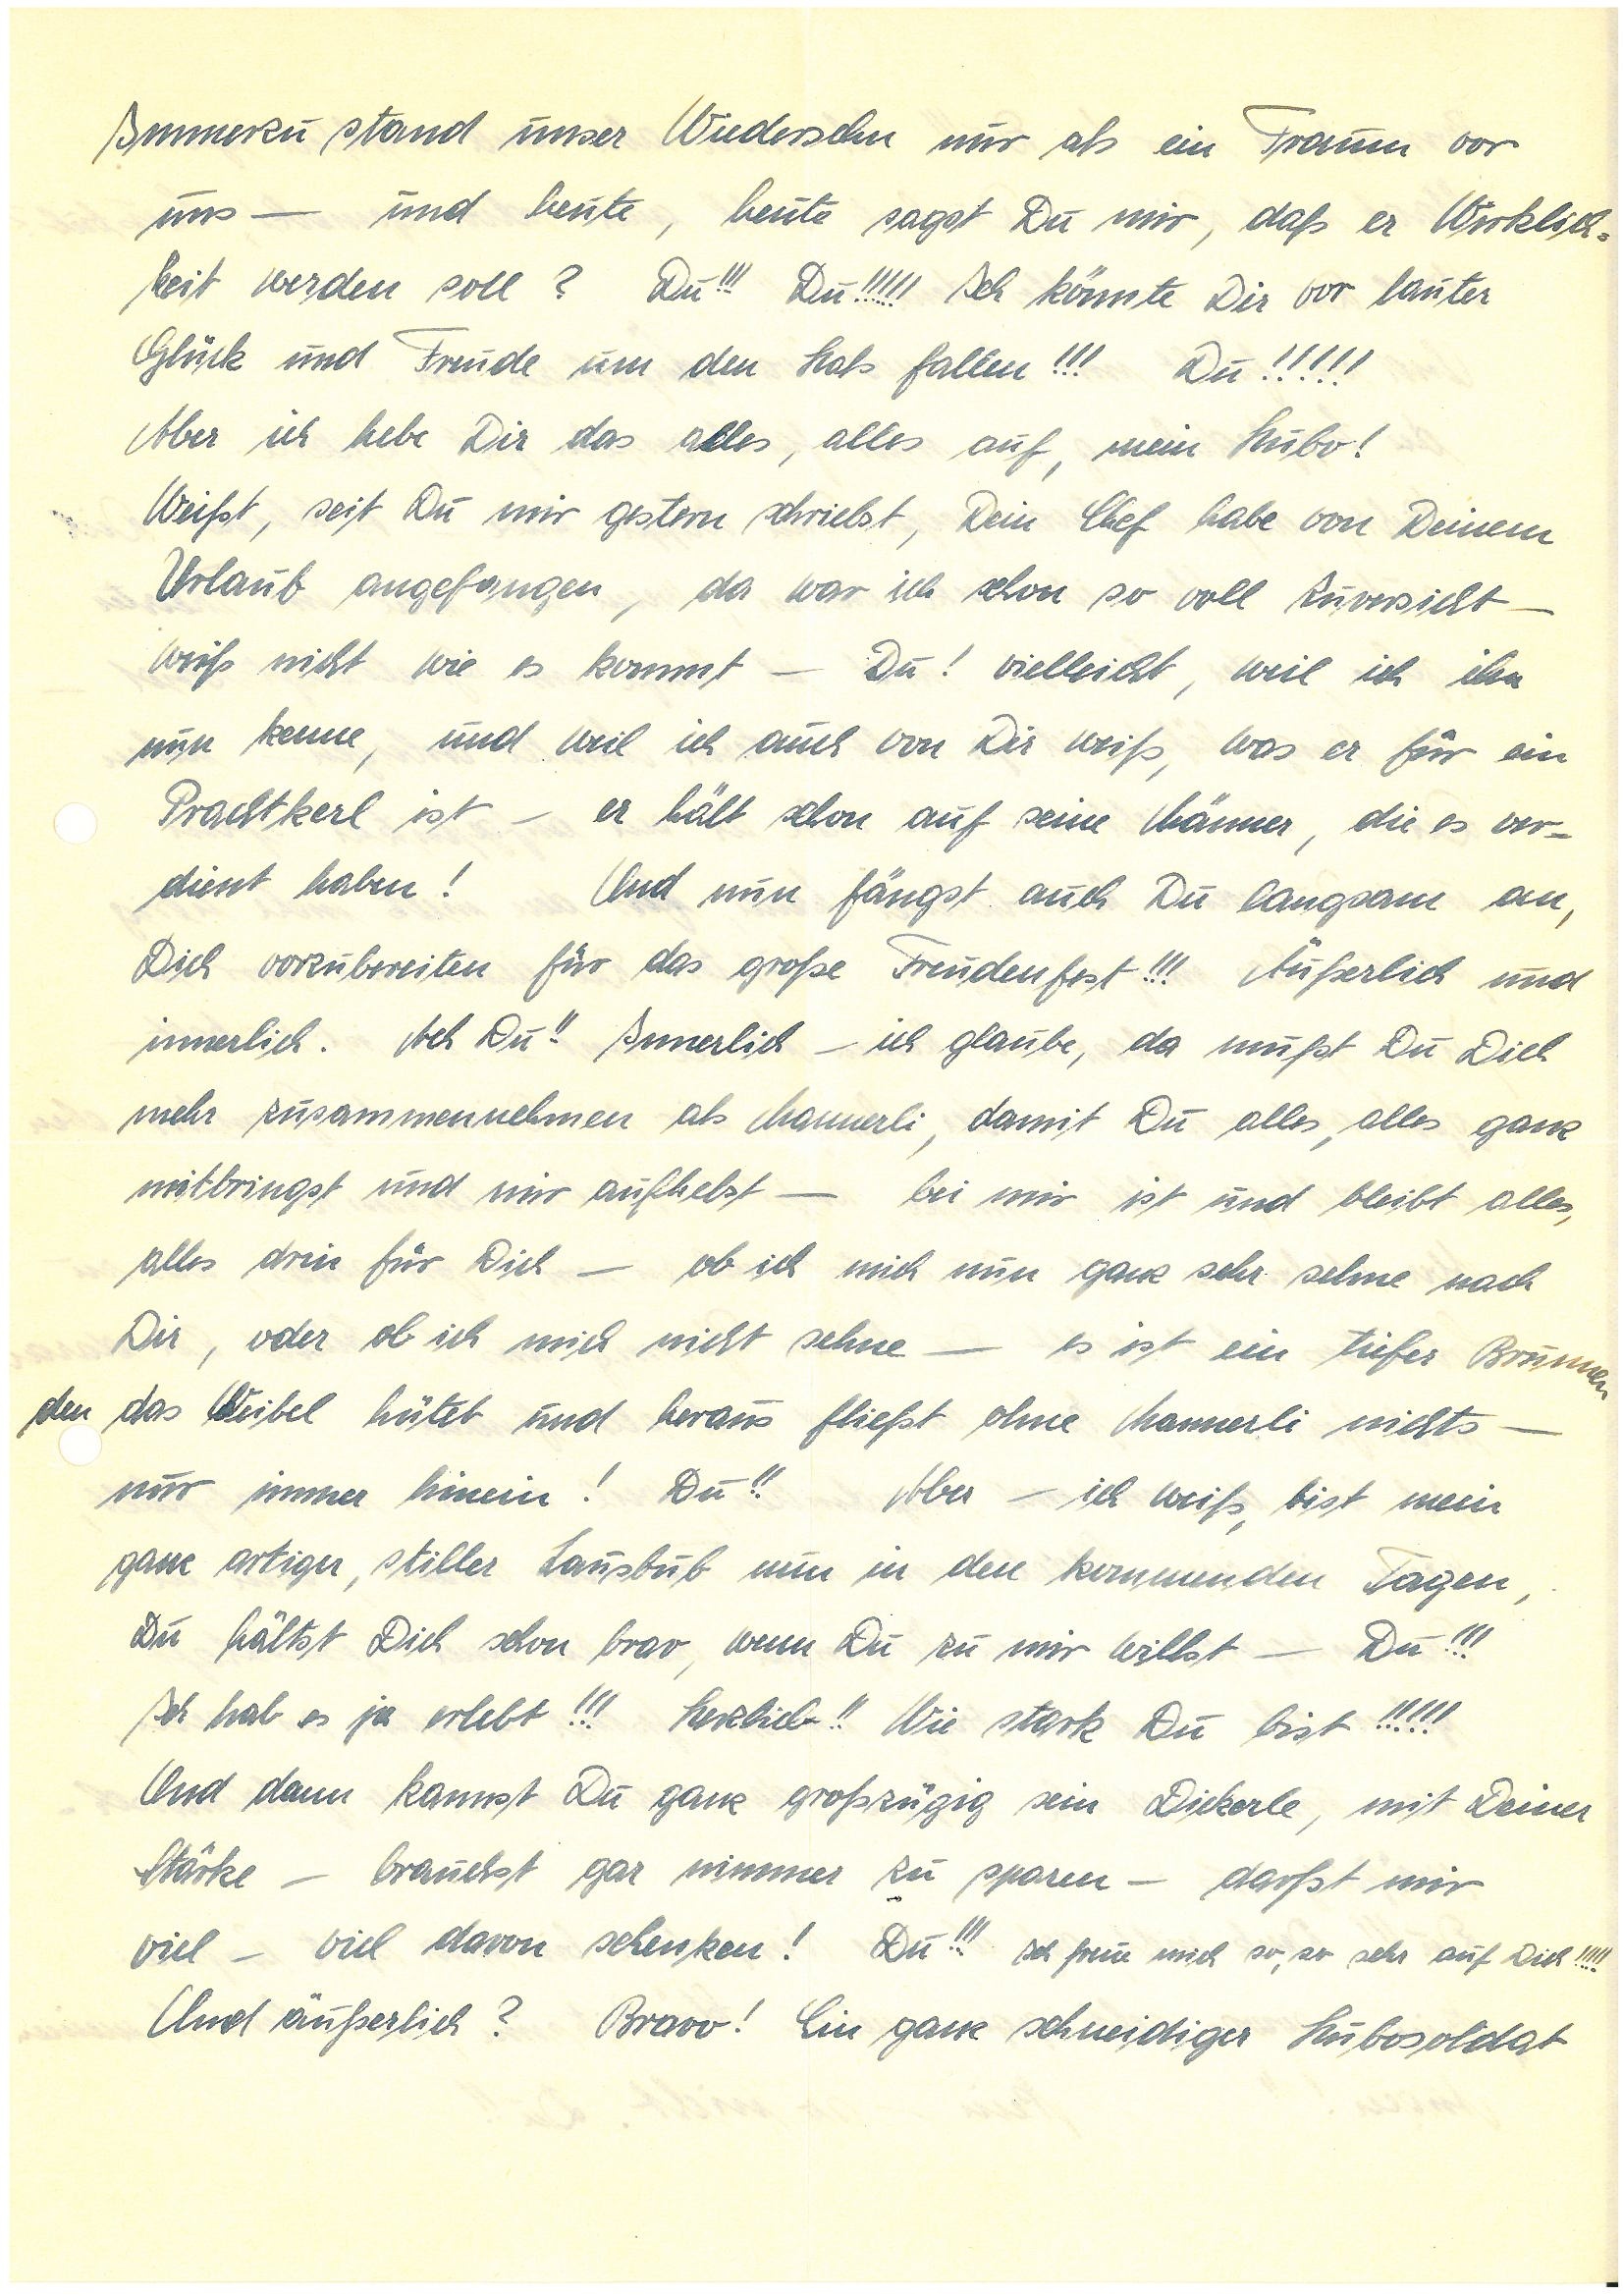
Immerzu stand unser Wiedersehen nur als ein Traum vor
uns – und heute, heute sagst Du mir, daß er Wirklich¬
keit werden soll? Du!!! Du!!!!! Ich könnte Dir vor lauter
Glück und Freude um den Hals fallen!!! Du!!!!!
Aber ich hebe Dir das alles, alles auf, mein Hubo!
Weißt, seit Du mir gestern schriebst, Dein Chef habe von Deinem
Urlaub angefangen, da war ich schon so voller Zuversicht –
weiß nicht wie es kommt – Du! Vielleicht, weil ich ihn
nun kenne, und weil ich auch von Dir weiß, was er für ein
Prachtkerl ist – er hält schon auf seine Männer, die es ver¬
dient haben! Und nun fängst auch Du langsam an,
Dich vorzubereiten für das große Freudenfest!!! Äußerlich und
innerlich. Ach Du!! Innerlich – ich glaube, da mußt Du Dich
mehr zusammennehmen als Mannerli, damit Du alles, alles ganz
mitbringst und mir aufhebst – bei mir ist und bleibt alles,
alles drin für Dich – ob ich mich nun ganz sehr sehne nach
Dir, oder ob ich mich nicht sehne – es ist ein tiefer Brunnen
den das Weibel hütet und heraus fließt ohne Mannerli nichts –
nur immer hinein! Du!! Aber – ich weiß, bist mein
ganz artiger, stiller Lausbub nun in den kommenden Tagen,
Du hältst Dich schon brav, wenn Du zu mir willst – Du!!!
Ich hab es ja erlebt!!! Herzlieb!! Wie stark Du bist!!!!!
Und dann kannst Du ganz großzügig sein, Dickerle, mit deiner
Stärke – brauchst gar nimmer zu sparen – darfst mir
viel – viel davon schenken! Du!!! Ich freue mich so, so sehr auf Dich!!!!!
Und äußerlich? Bravo! Ein ganz schneidiger Hubosoldat